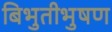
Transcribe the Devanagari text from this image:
बिभुतीभुषण